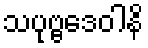
သပုဗ္ဗဒေဝါနိ